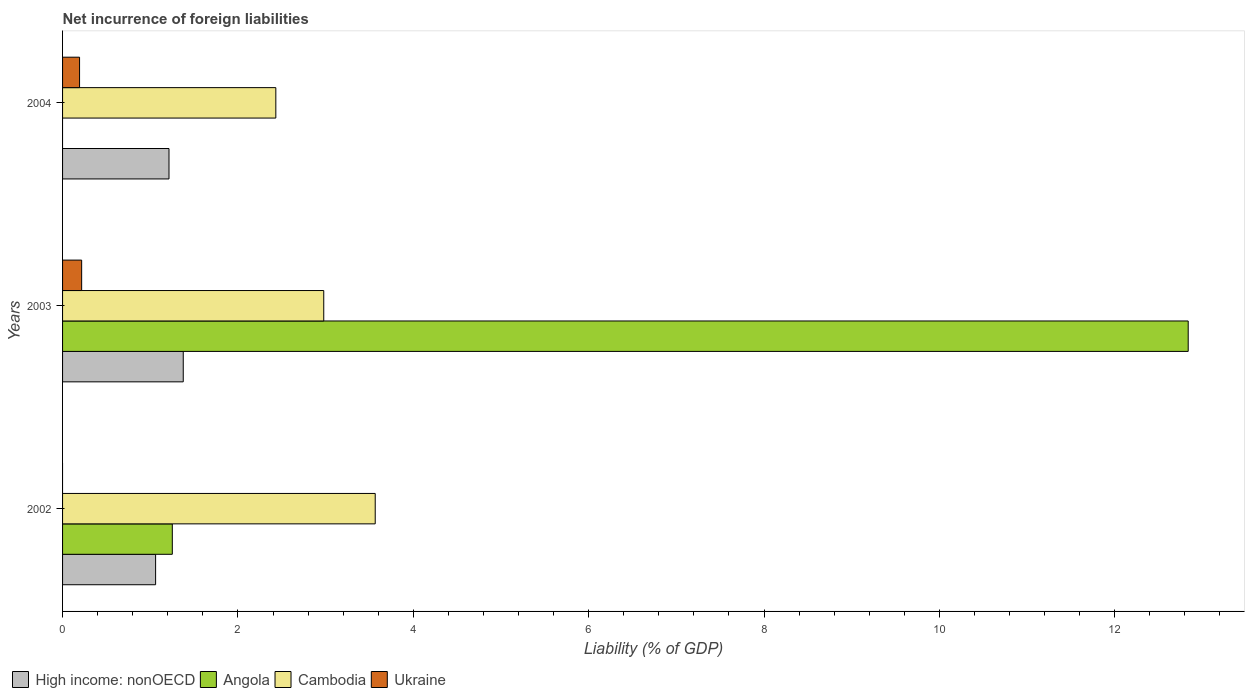
| Years | High income: nonOECD | Angola | Cambodia | Ukraine |
 | --- | --- | --- | --- | --- |
 | 2002 | 1.06 | 1.25 | 3.57 | -0.414 |
 | 2003 | 1.38 | 12.8 | 2.98 | 0.218 |
 | 2004 | 1.21 | -2.75 | 2.43 | 0.194 |